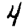
Digit: 4